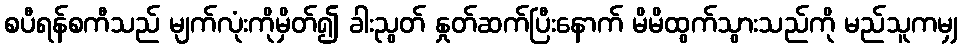
စပီရန်စကီသည် မျက်လုံးကိုမှိတ်၍ ခါးညွတ် နှုတ်ဆက်ပြီးနောက် မိမိထွက်သွားသည်ကို မည်သူကမျှ